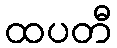
ထပတီ